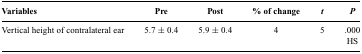
<table><thead><tr><td><b>Variables</b></td><td><b>Pre</b></td><td><b>Post</b></td><td><b>% of change</b></td><td><b><i>t</i></b></td><td><b><i>P</i></b></td></tr></thead><tbody><tr><td>Vertical height of contralateral ear</td><td>5.7 ± 0.4</td><td>5.9 ± 0.4</td><td>4</td><td>5</td><td>.000</td></tr><tr><td></td><td></td><td></td><td></td><td></td><td>HS</td></tr></tbody></table>